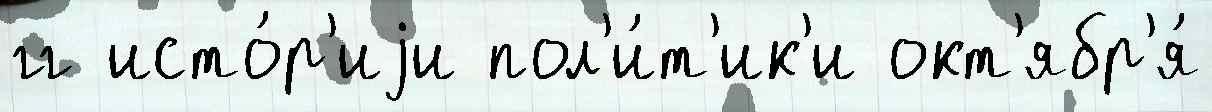
гг исто́р'иjи пол'и́т'ик'и окт'ябр'я́